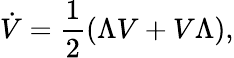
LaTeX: \dot{V}=\frac{1}{2}(\Lambda V+V\Lambda),